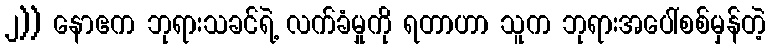
၂)) နောဧက ဘုရားသခင်ရဲ့ လက်ခံမှုကို ရတာဟာ သူက ဘုရားအပေါ်စစ်မှန်တဲ့